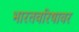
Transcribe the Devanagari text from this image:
भारतवरिषावर